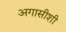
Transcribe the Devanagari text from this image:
अगासीशी